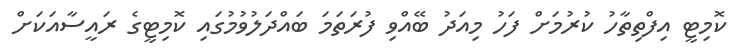
ކޮމިޓީ އިފްތިތާހު ކުރުމަށް ފަހު މިއަދު ބޭއްވި ފުރަތަމަ ބައްދަލުވުމުގައި ކޮމިޓީގެ ރައީސާއަކަށް